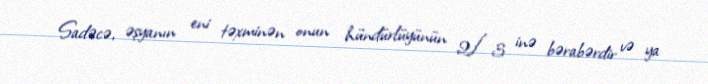
Sadəcə, əşyanın eni təxminən onun hündürlüyünün 2/3 inə bərabərdir və ya